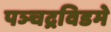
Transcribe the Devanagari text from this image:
पञ्चद्रविडमे